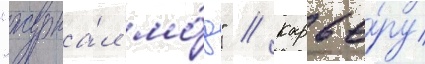
"журна́л мо́д" // Карье́ру